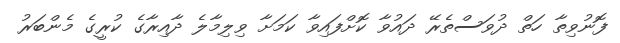
ފޮނުވިތާ ހަތް ދުވަސްތެރޭ ދައުވާ ކޮށްފައިވާ ކަމަށާ ވިލިމާލެ ދާއިރާގެ ކުރީގެ މެންބަރު